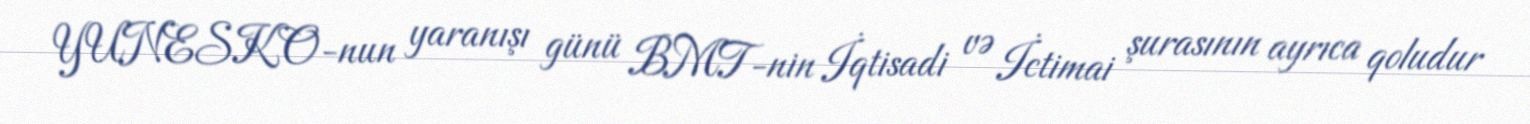
YUNESKO-nun yaranışı günü BMT-nin İqtisadi və İctimai şurasının ayrıca qoludur